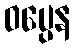
ဝပ္ပေန